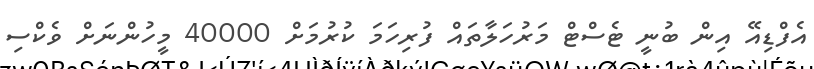
އެފްޑިއޭ އިން ބުނީ ޓެސްޓް މަރުހަލާތައް ފުރިހަމަ ކުރުމަށް 40000 މީހުންނަށް ވެކްސި